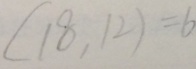
( 1 8 , 1 2 ) = 6